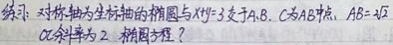
练习：对称轴为坐标轴的椭圆与\(x - y = 3\)交于\(A,B\)，\(C\)为\(AB\)中点，\(\vert AB\vert = \sqrt{2}\)，\(OC\)斜率为\(2\)，求椭圆方程？